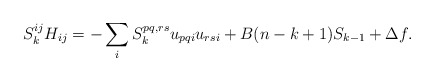
\begin{align*}S_k^{ij} H_{ij} = -\sum_i S_k^{pq,rs}u_{pqi}u_{rsi} + B (n - k + 1) S_{k-1} + \Delta f.\end{align*}